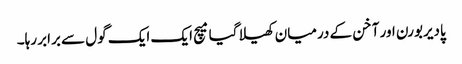
پادیربورن اور آخن کے درمیان کھیلا گیا میچ ایک ایک گول سے برابر رہا۔